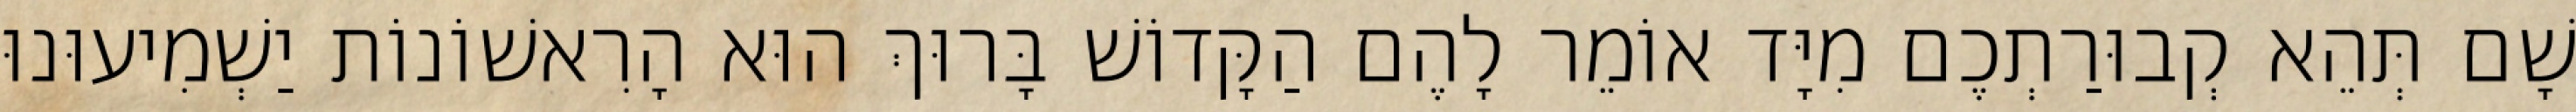
שָׁם תְּהֵא קְבוּרַתְכֶם מִיָּד אוֹמֵר לָהֶם הַקָּדוֹשׁ בָּרוּךְ הוּא הָרִאשׁוֹנוֹת יַשְׁמִיעוּנוּ